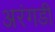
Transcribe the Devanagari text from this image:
अरंगडी